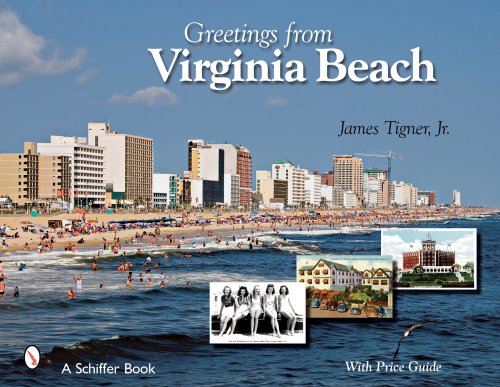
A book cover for Greetings from Virginia Beach; James, Jr. Tigner; Travel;